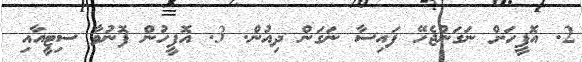
2. އޮފީހަށް ނަގަންޖެހޭ ފައިސާ ނަގަން ދިއުން. 3. އޮފީހުން ފޮނުވާ ސިޓީއާއި